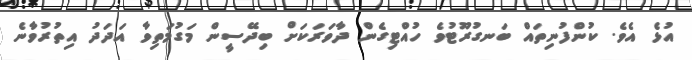
އުޅެ އެވެ. ކުންފުނިތައް ބަނގުރޫޓުވެ ހުއްޓިގެން ދާވަރަކަށް ބިދޭސީން މަގުމަތިވާ އަދަދު އިތުރުވާނެ